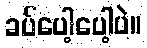
ခပ်ပေါ့ပေါ့ပဲ။